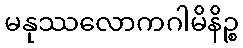
မနုဿလောကဂါမိနိဉ္စ